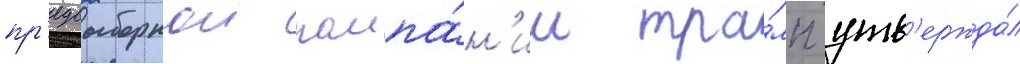
пр'едвыборнои кампа́н'ии тра́мп утв'ержда́л